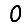
Digit: 0